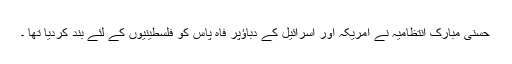
حسنی مبارک انتظامیہ نے امریکہ اور اسرائیل کے دباؤپر فاہ پاس کو فلسطینیوں کے لئے بند کردیا تھا ۔